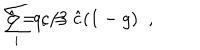
\sum _ { i } q _ { i } = { \hat { c } } ( 1 - g ) \; \; , \hspace { 1 c m } { \hat { c } } = c / 3